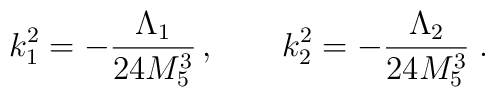
k_1^2 = -\frac{\Lambda_1}{24 M_5^3}  \, , \qquad  k_2^2= -\frac{\Lambda_2}{24 M_5^3} \; .